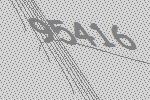
95416